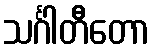
သင်္ဂါတီတော